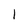
Character: 1